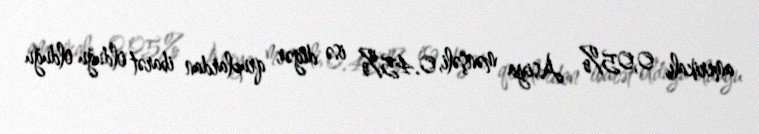
amerikalı, 0,05% Asiya mənşəli, 0.45% isə digər qruplardan ibarət olduğu olduğu